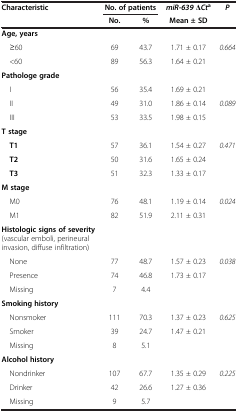
| Characteristic | <COLSPAN=2> No. of patients | miR-639 ΔCta | P |
 |  | No. | % | Mean ± SD |  |
 | --- | --- | --- | --- | --- |
 | Age, years |  |  |  |  |
 | ≥60 | 69 | 43.7 | 1.71 ± 0.17 | 0.664 |
 | <60 | 89 | 56.3 | 1.64 ± 0.21 |  |
 | Pathologe grade |  |  |  |  |
 | I | 56 | 35.4 | 1.69 ± 0.21 |  |
 | II | 49 | 31.0 | 1.86 ± 0.14 | 0.089 |
 | III | 53 | 33.5 | 1.98 ± 0.15 |  |
 | T stage |  |  |  |  |
 | T1 | 57 | 36.1 | 1.54 ± 0.27 | 0.471 |
 | T2 | 50 | 31.6 | 1.65 ± 0.24 |  |
 | T3 | 51 | 32.3 | 1.33 ± 0.17 |  |
 | M stage |  |  |  |  |
 | M0 | 76 | 48.1 | 1.19 ± 0.14 | 0.024 |
 | M1 | 82 | 51.9 | 2.11 ± 0.31 |  |
 | Histologic signs of severity (vascular emboli, perineural invasion, diffuse infiltration) |  |  |  |  |
 | None | 77 | 48.7 | 1.57 ± 0.23 | 0.038 |
 | Presence | 74 | 46.8 | 1.73 ± 0.17 |  |
 | Missing | 7 | 4.4 |  |  |
 | Smoking history |  |  |  |  |
 | Nonsmoker | 111 | 70.3 | 1.37 ± 0.23 | 0.625 |
 | Smoker | 39 | 24.7 | 1.47 ± 0.21 |  |
 | Missing | 8 | 5.1 |  |  |
 | Alcohol history |  |  |  |  |
 | Nondrinker | 107 | 67.7 | 1.35 ± 0.29 | 0.225 |
 | Drinker | 42 | 26.6 | 1.27 ± 0.36 |  |
 | Missing | 9 | 5.7 |  |  |